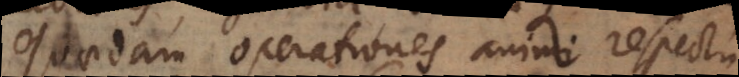
Quaedam operationes animi respectu